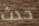
حدث